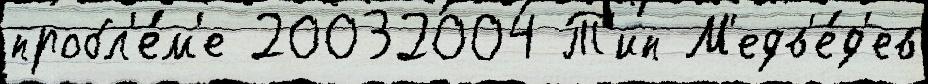
пробл'е́м'е 20032004 Т'ип М'едв'е́д'ев